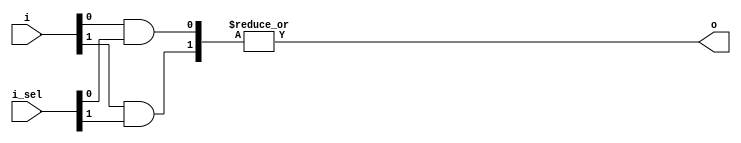
//------------------------------------------------------------------------------
// One-Hot Multiplexer
//------------------------------------------------------------------------------
module OnehotMultiplexer #(
        parameter SEL_WIDTH = 2,
        parameter WIDTH = 1
)(
        input   wire    [SEL_WIDTH*WIDTH-1:0]   i,
        input   wire    [SEL_WIDTH-1:0]         i_sel,
        output  wire    [WIDTH-1:0]             o
);

genvar idx1;
genvar idx2;
generate
        for(idx1=0; idx1<WIDTH; idx1=idx1+1) begin: genblk1
                wire    [SEL_WIDTH-1:0] anded;
                for(idx2=0; idx2<SEL_WIDTH; idx2=idx2+1) begin: genblk2
                        assign  anded[idx2] = i[idx2*WIDTH+idx1] & i_sel[idx2];
                end
                assign  o[idx1] = |anded;
        end
        
endgenerate

endmodule